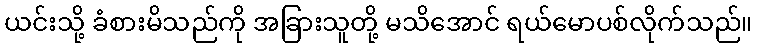
ယင်းသို့ ခံစားမိသည်ကို အခြားသူတို့ မသိအောင် ရယ်မောပစ်လိုက်သည်။